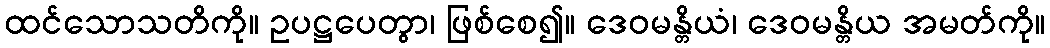
ထင်သောသတိကို။ ဥပဋ္ဌပေတွာ၊ ဖြစ်စေ၍။ ဒေဝမန္တိယံ၊ ဒေဝမန္တိယ အမတ်ကို။